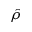
\hat { \rho }